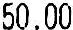
50.00